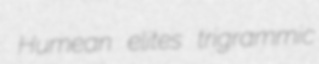
Humean elites trigrammic